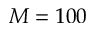
M = 1 0 0